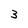
Character: 3